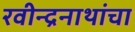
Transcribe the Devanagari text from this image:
रवीन्द्रनाथांचा